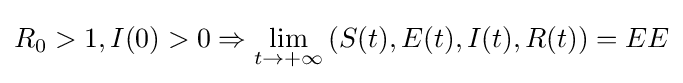
R_{0}>1,I(0)>0\Rightarrow \lim _{t\to +\infty }\left(S(t),E(t),I(t),R(t)\right)=EE